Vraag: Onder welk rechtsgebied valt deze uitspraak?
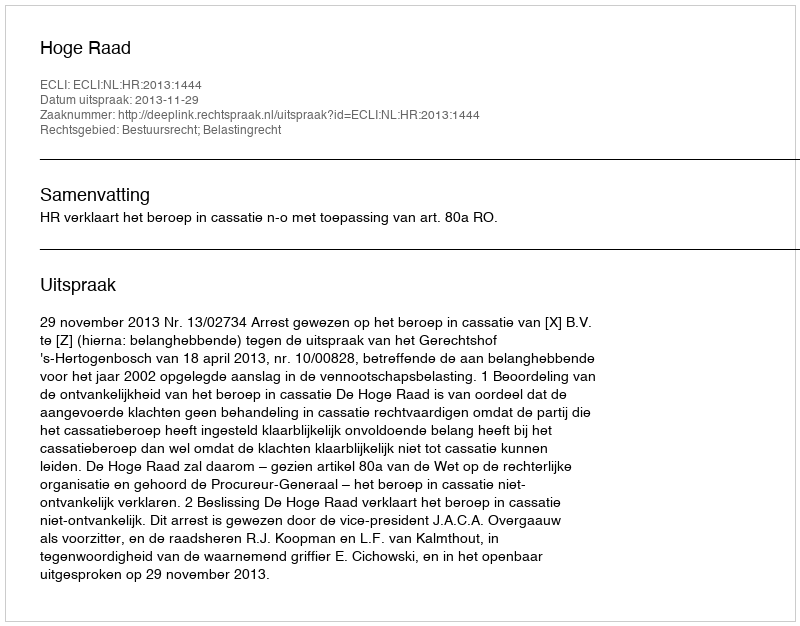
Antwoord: Bestuursrecht; Belastingrecht